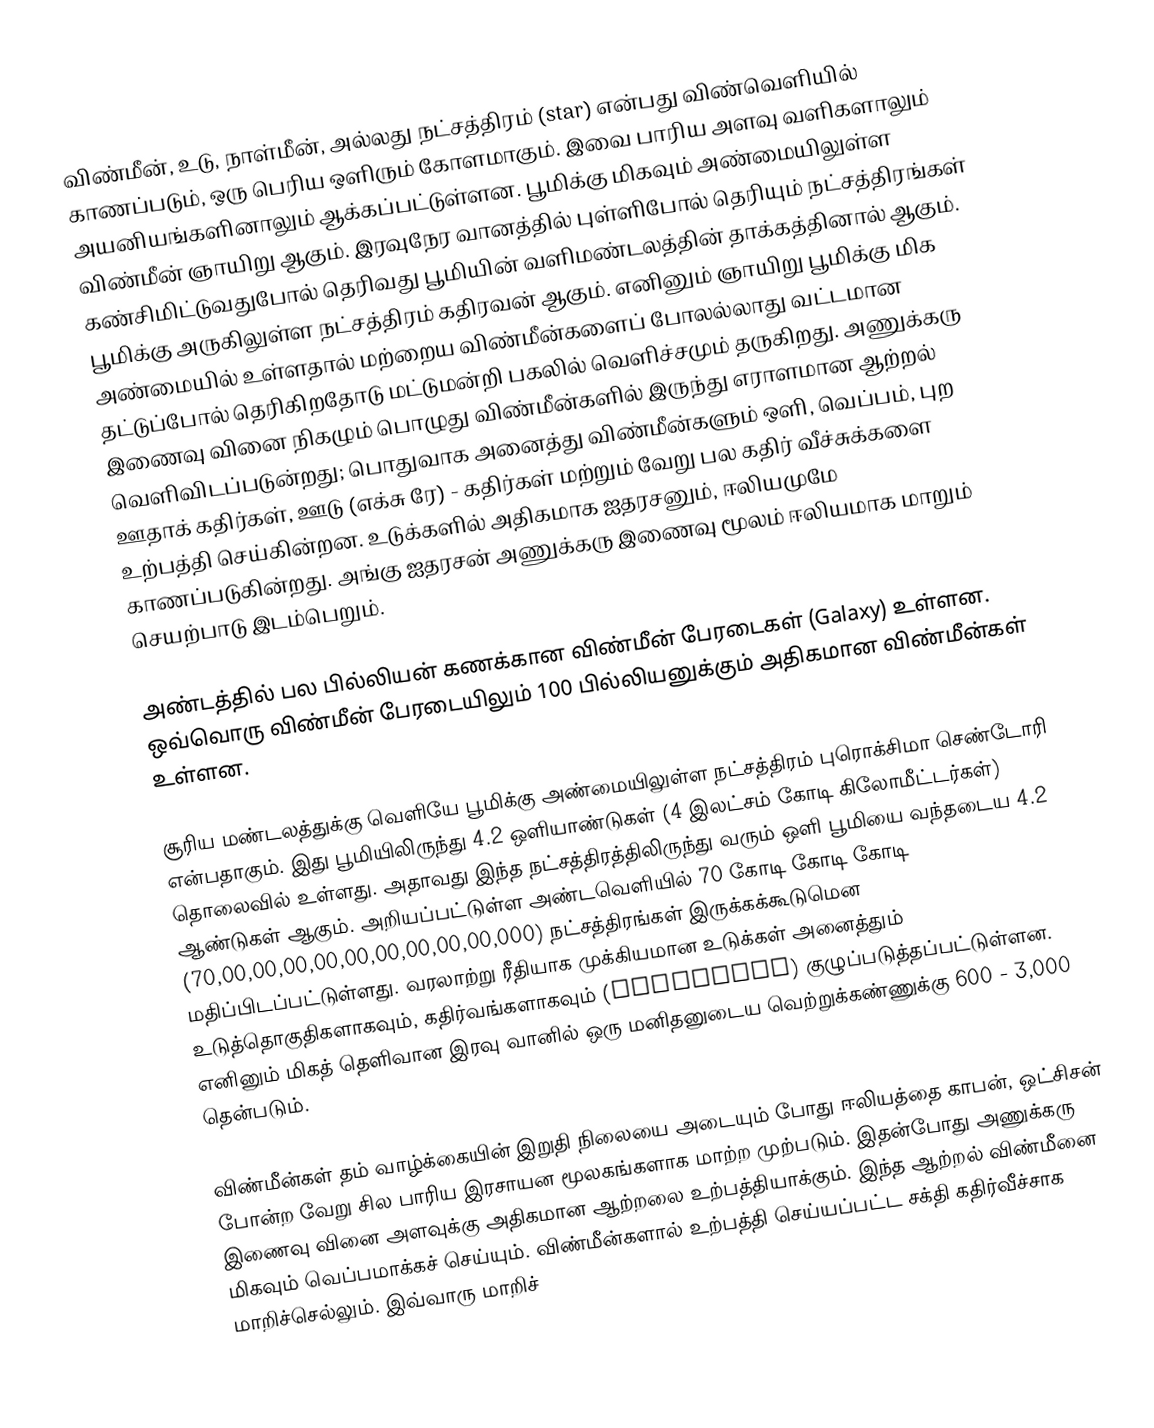
விண்மீன், உடு, நாள்மீன், அல்லது நட்சத்திரம் (star) என்பது விண்வெளியில் காணப்படும், ஒரு பெரிய ஒளிரும் கோளமாகும். இவை பாரிய அளவு வளிகளாலும் அயனியங்களினாலும் ஆக்கப்பட்டுள்ளன. பூமிக்கு மிகவும் அண்மையிலுள்ள விண்மீன் ஞாயிறு ஆகும். இரவுநேர வானத்தில் புள்ளிபோல் தெரியும் நட்சத்திரங்கள் கண்சிமிட்டுவதுபோல் தெரிவது பூமியின் வளிமண்டலத்தின் தாக்கத்தினால் ஆகும். பூமிக்கு அருகிலுள்ள நட்சத்திரம் கதிரவன் ஆகும். எனினும் ஞாயிறு பூமிக்கு மிக அண்மையில் உள்ளதால் மற்றைய விண்மீன்களைப் போலல்லாது வட்டமான தட்டுப்போல் தெரிகிறதோடு மட்டுமன்றி பகலில் வெளிச்சமும் தருகிறது. அணுக்கரு இணைவு வினை நிகழும் பொழுது விண்மீன்களில் இருந்து எராளமான ஆற்றல் வெளிவிடப்படுன்றது; பொதுவாக அனைத்து விண்மீன்களும் ஒளி, வெப்பம், புற ஊதாக் கதிர்கள், ஊடு (எக்சு ரே) - கதிர்கள் மற்றும் வேறு பல கதிர் வீச்சுக்களை உற்பத்தி செய்கின்றன. உடுக்களில் அதிகமாக ஐதரசனும், ஈலியமுமே காணப்படுகின்றது. அங்கு ஐதரசன் அணுக்கரு இணைவு மூலம் ஈலியமாக மாறும் செயற்பாடு இடம்பெறும்.

அண்டத்தில் பல பில்லியன் கணக்கான விண்மீன் பேரடைகள் (Galaxy) உள்ளன. ஒவ்வொரு விண்மீன் பேரடையிலும் 100 பில்லியனுக்கும் அதிகமான விண்மீன்கள் உள்ளன.

சூரிய மண்டலத்துக்கு வெளியே பூமிக்கு அண்மையிலுள்ள நட்சத்திரம் புரொக்சிமா செண்டோரி என்பதாகும். இது பூமியிலிருந்து 4.2 ஒளியாண்டுகள் (4 இலட்சம் கோடி கிலோமீட்டர்கள்) தொலைவில் உள்ளது. அதாவது இந்த நட்சத்திரத்திலிருந்து வரும் ஒளி பூமியை வந்தடைய 4.2 ஆண்டுகள் ஆகும். அறியப்பட்டுள்ள அண்டவெளியில் 70 கோடி கோடி கோடி (70,00,00,00,00,00,00,00,00,00,000) நட்சத்திரங்கள் இருக்கக்கூடுமென மதிப்பிடப்பட்டுள்ளது. வரலாற்று ரீதியாக முக்கியமான உடுக்கள் அனைத்தும் உடுத்தொகுதிகளாகவும், கதிர்வங்களாகவும் (asterisms) குழுப்படுத்தப்பட்டுள்ளன. எனினும் மிகத் தெளிவான இரவு வானில் ஒரு மனிதனுடைய வெற்றுக்கண்ணுக்கு 600 - 3,000 தென்படும்.

விண்மீன்கள் தம் வாழ்க்கையின் இறுதி நிலையை அடையும் போது ஈலியத்தை காபன், ஒட்சிசன் போன்ற வேறு சில பாரிய இரசாயன மூலகங்களாக மாற்ற முற்படும். இதன்போது அணுக்கரு இணைவு வினை அளவுக்கு அதிகமான ஆற்றலை உற்பத்தியாக்கும். இந்த ஆற்றல் விண்மீனை மிகவும் வெப்பமாக்கச் செய்யும். விண்மீன்களால் உற்பத்தி செய்யப்பட்ட சக்தி கதிர்வீச்சாக மாறிச்செல்லும். இவ்வாரு மாறிச்